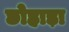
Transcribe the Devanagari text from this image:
छोहाड़ा